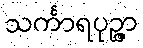
သင်္ကာရပုဉ္ဇာ